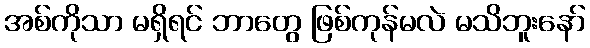
အစ်ကိုသာ မရှိရင် ဘာတွေ ဖြစ်ကုန်မလဲ မသိဘူးနော်